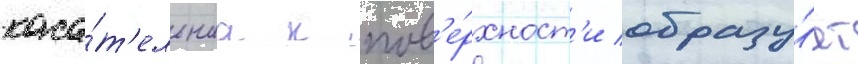
каса́т'ельнаа к пов'е́рхност'и образу́ет